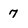
Character: 7